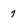
Character: 7